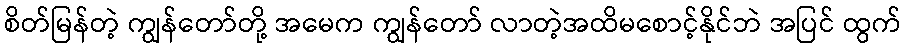
စိတ်မြန်တဲ့ ကျွန်တော်တို့ အမေက ကျွန်တော် လာတဲ့အထိမစောင့်နိုင်ဘဲ အပြင် ထွက်